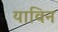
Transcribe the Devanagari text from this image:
याविन